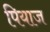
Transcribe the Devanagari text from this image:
पियाज